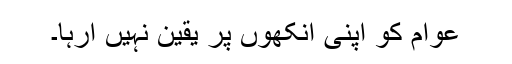
عوام کو اپنی آنکھوں پر یقین نہیں آرہا۔